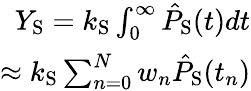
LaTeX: \begin{array}{r}{Y_{\mathrm{S}}=k_{\mathrm{S}}\int_{0}^{\infty}\hat{P}_{\mathrm{S}}(t)dt}\\ {\approx k_{\mathrm{S}}\sum_{n=0}^{N}{w}_{n}\hat{P}_{\mathrm{S}}(t_{n})}\end{array}